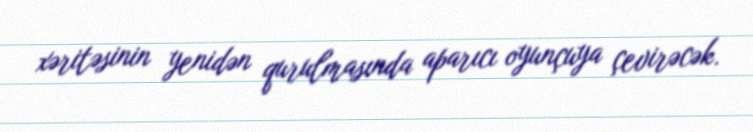
xəritəsinin yenidən qurulmasında aparıcı oyunçuya çevirəcək.